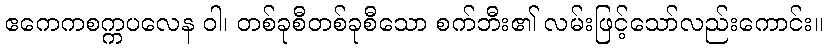
ဧကေကစက္ကပလေန ဝါ၊ တစ်ခုစီတစ်ခုစီသော စက်ဘီး၏ လမ်းဖြင့်သော်လည်းကောင်း။